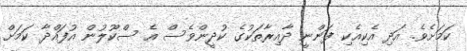
ކަމަށެވެ. އަދި އެކިއެކި ފަންނީ ދާއިރާތަކުގެ ކުދީންވެސް އެ ސްކޫލުން އުފައްދާ ކަމަށް